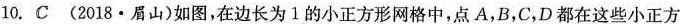
10.C(2018•眉山）如图，在边长为1的小正方形网格中，点A,B,C,D都在这些小正方